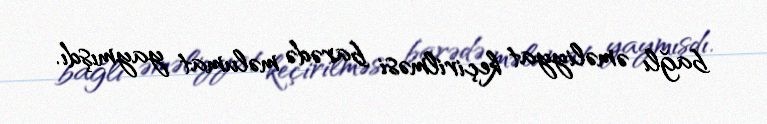
bağlı əməliyyat keçirilməsi barədə məlumat yaymışdı.